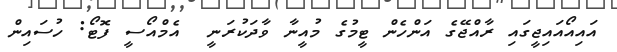
އައިއޯއައިޖީގައި ރާއްޖޭގެ އަންހެން ޓީމުގެ މުއީނާ ވާދަކުރަނީ  އެމްއޯސީ ފޮޓޯ: ހުސައިން